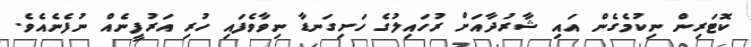
ކޮޓަރިން ނިކުމެގެން އައި ޝާރުދާއަށް ރުހައިލުގެ ހަށިގަނޑާ ނިވާވެފައި ހުރި އަރުފީނެއް ނުފެނެއެވެ.